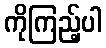
ကိုကြည့်ပါ